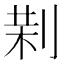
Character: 𠝚